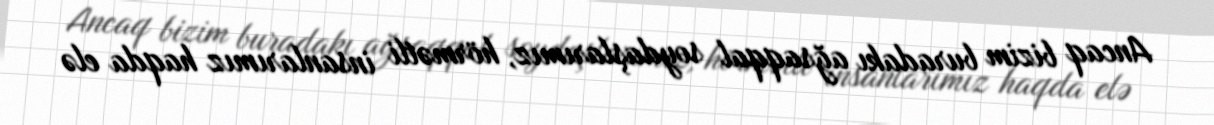
Ancaq bizim buradakı ağsaqqal soydaşlarımız, hörmətli insanlarımız haqda elə